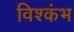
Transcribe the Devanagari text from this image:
विश्कंभ